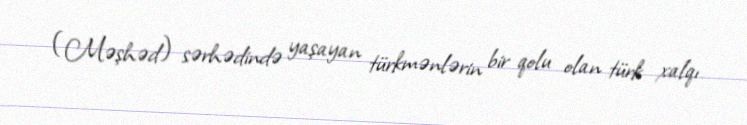
(Məşhəd) sərhədində yaşayan türkmənlərin bir qolu olan türk xalqı.